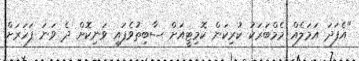
"އެފަދަ އަމަލެއް މެމްބަރަކު ކުރިކަން ކޮމިޓީއަށް ސާބިތުވެފައި ވަނިކޮށް ދެ ވަނަ ފަހަރަށް